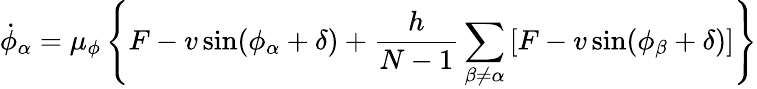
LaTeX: \dot{\phi}_{\alpha}=\mu_{\phi}\left\{ F-v\sin(\phi_{\alpha}+\delta)+\frac{h}{N-1}\sum_{\beta\neq\alpha}\left[F-v\sin(\phi_{\beta}+\delta)\right]\right\}